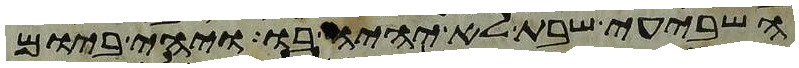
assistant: השביעי שבת לא יהיה בו ויהי ביום